Vaccination report Assam 1896-1927 - 1896-1927
Year: 1896
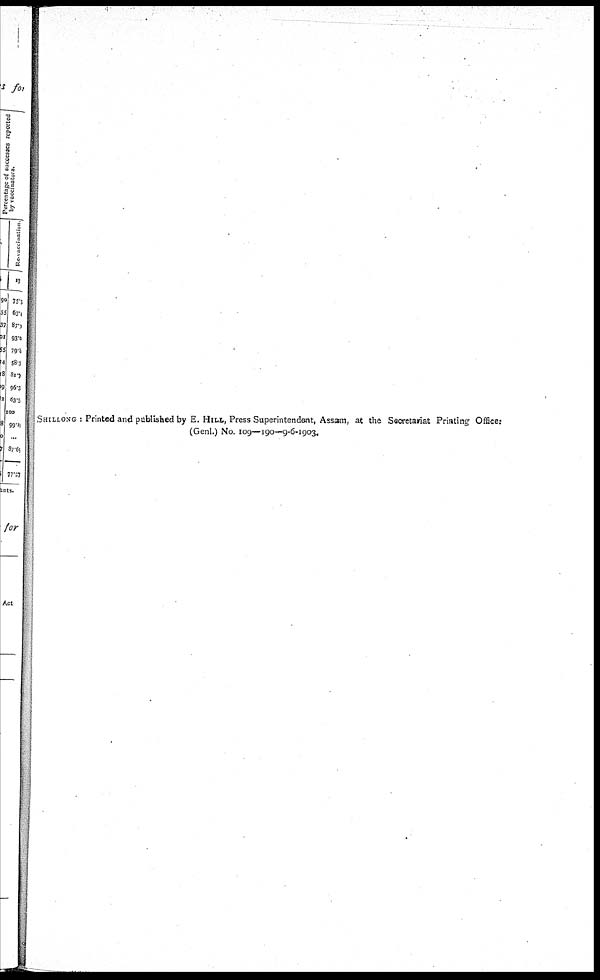
SHILLONG : Printed and published by E. HILL, Press Superintendent, Assam, at the Secretariat Printing Office:
(Genl.) No. 109—190—9-6-1903.